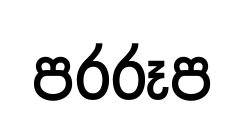
පරරූප